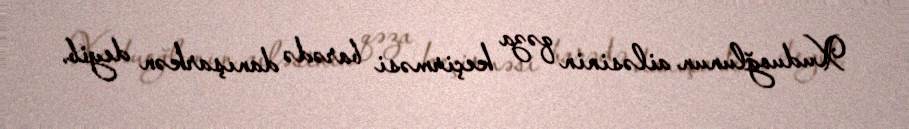
Xuduoğlunun ailəsinin qəza keçirməsi barədə danışarkən deyib.